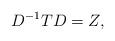
LaTeX: \begin{align*}D^{-1}TD=Z,\end{align*}